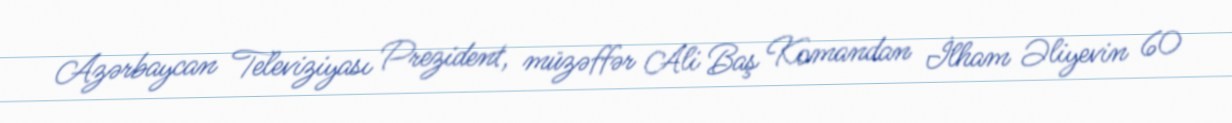
Azərbaycan Televiziyası Prezident, müzəffər Ali Baş Komandan İlham Əliyevin 60